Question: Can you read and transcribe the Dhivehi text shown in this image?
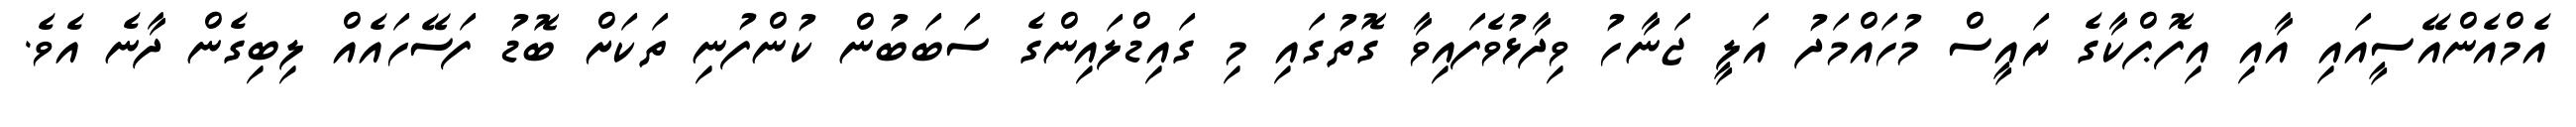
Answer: އެމްއެންއޭސީއައި އާއި އިފޮޕްކާގެ ރައީސް މުހައްމަދު އަލީ ޖަނާހު ވިދާޅުވެފައިވާ ގޮތުގައި މި ގައިޑްލައިންގެ ސަބަބުން ކުންފުނި ތަކަށް ބޮޑު ފަސޭހައެއް ލިބިގެން ދާނެ އެވެ.